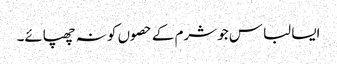
ایسا لباس جو شرم کے حصوں کو نہ چھپائے۔